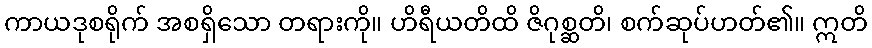
ကာယဒုစရိုက် အစရှိသော တရားကို။ ဟိရီယတိထိ ဇိဂုစ္ဆတိ၊ စက်ဆုပ်ဟတ်၏။ ဣတိ